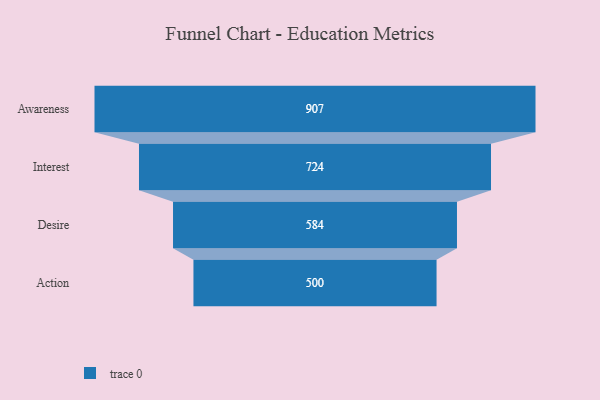
{"axis": {"x": "Stage", "y": "Value"}, "legend": [""], "data": [{"x": "Awareness", "y": 907.0, "type": ""}, {"x": "Interest", "y": 724.0, "type": ""}, {"x": "Desire", "y": 584.0, "type": ""}, {"x": "Action", "y": 500, "type": ""}]}